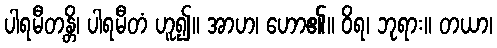
ပါရမီတန္တိ၊ ပါရမီတံ ဟူ၍။ အာဟ၊ ဟော၏။ ဝိရ၊ ဘုရား။ တယာ၊